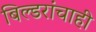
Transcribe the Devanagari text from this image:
बिल्डरांचाही